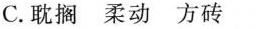
C.耽搁 柔动方砖